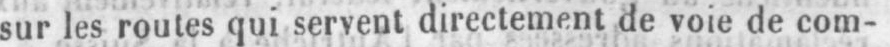
sur les routes qui servent directement de voie de com-